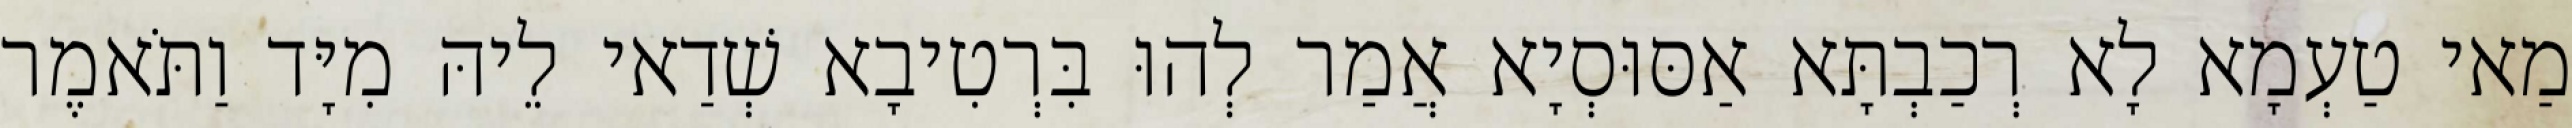
מַאי טַעְמָא לָא רְכַבְתָּא אַסּוּסְיָא אֲמַר לְהוּ בִּרְטִיבָא שְׁדַאי לֵיהּ מִיָּד וַתֹּאמֶר